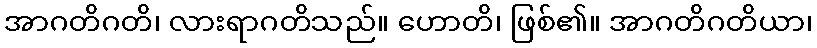
အာဂတိဂတိ၊ လားရာဂတိသည်။ ဟောတိ၊ ဖြစ်၏။ အာဂတိဂတိယာ၊